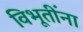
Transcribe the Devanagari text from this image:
विभूतींना